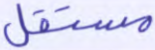
مستقل